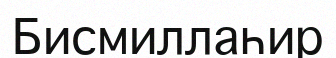
Бисмиллаһир